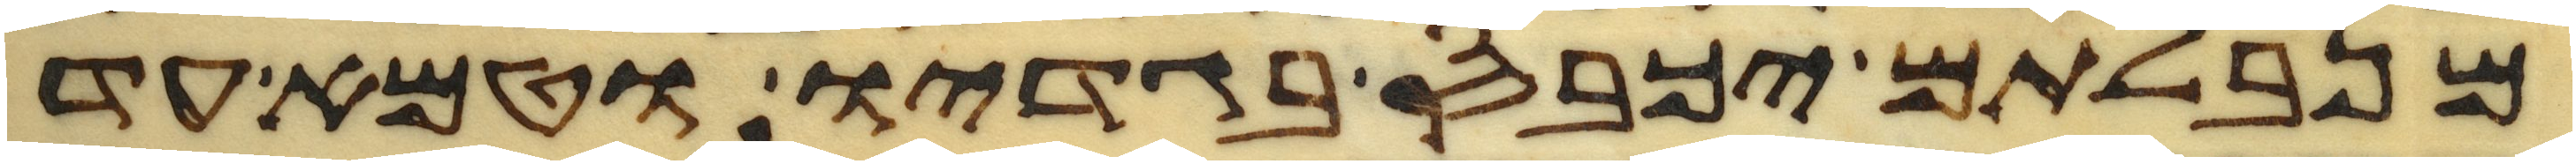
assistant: מנבלתם יכבס בגדיו וטמא עד